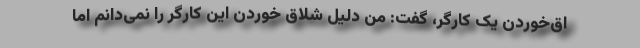
اق‌خوردن یک کارگر، گفت: من دلیل شلاق خوردن این کارگر را نمی‌دانم اما